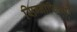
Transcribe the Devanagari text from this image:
सिग्नीफिकेंस